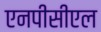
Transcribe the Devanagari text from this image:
एनपीसीएल